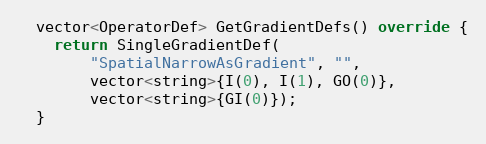
Language: C++
  vector<OperatorDef> GetGradientDefs() override {
    return SingleGradientDef(
        "SpatialNarrowAsGradient", "",
        vector<string>{I(0), I(1), GO(0)},
        vector<string>{GI(0)});
  }